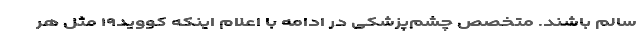
سالم باشند. متخصص چشم‌پزشکی در ادامه با اعلام اینکه کووید۱۹ مثل هر